Vaccination in Bombay 1856-1862 - 1856-1862
Year: 1856
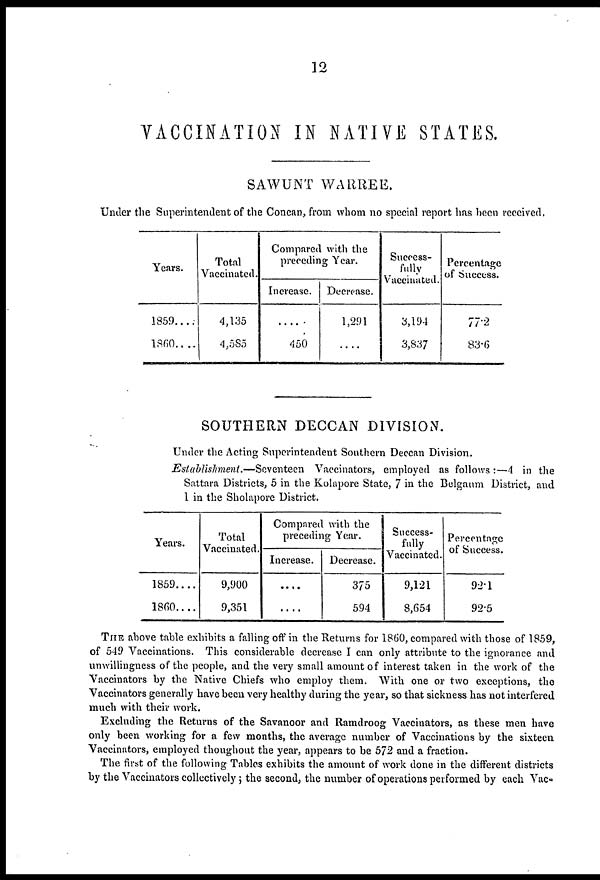
12
VACCINATION IN NATIVE STATES.
SAWUNT WARREE.
Under the Superintendent of the Concan, from whom no special report has been received.
Years.
1859 . . . .
1860 . . . .
Total
Vaccinated.
4,135
4,585
Compared with the
preceding Year.
Increase.
....
450
Decrease.
1,291
....
Success-
fully
Vaccinated.
3,194
3,837
Percentage
of Success.
77.2
83.6
SOUTHERN DECCAN DIVISION.
Under the Acting Superintendent Southern Deccan Division.
Establishment.—Seventeen Vaccinators, employed as follows :—4 in the
Sattara Districts, 5 in the Kolapore State, 7 in the Belgaum District, and
1 in the Sholapore District.
Years.
1859 . . . .
1860 . . . .
Total
Vaccinated.
9,900
9,351
Compared with the
preceding Year.
Increase.
....
....
Decrease.
375
594
Success-
fully
Vaccinated.
9,121
8,654
Percentage
of Success.
92.1
92.5
THE above table exhibits a falling off in the Returns for 1860, compared with those of 1859,
of 549 Vaccinations. This considerable decrease I can only attribute to the ignorance and
unwillingness of the people, and the very small amount of interest taken in the work of the
Vaccinators by the Native Chiefs who employ them. With one or two exceptions, the
Vaccinators generally have been very healthy during the year, so that sickness has not interfered
much with their work.
Excluding the Returns of the Savanoor and Ramdroog Vaccinators, as these men have
only been working for a few months, the average number of Vaccinations by the sixteen.
Vaccinators, employed thoughout the year, appears to be 572 and a fraction.
The first of the following Tables exhibits the amount of work done in the different districts
by the Vaccinators collectively ; the second, the number of operations performed by each Vac-